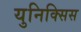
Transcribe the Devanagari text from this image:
युनिक्सिस